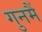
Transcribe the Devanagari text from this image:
गुनमैं